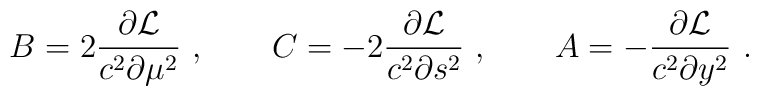
B=2{\partial {\cal L}\over c^2\partial \mu^2}\ , \qquad   C=-2{\partial {\cal L}\over c^2\partial s^2}\ ,   \qquad   A=-{\partial {\cal L}\over c^2\partial y^2}\ .